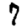
Digit: 7